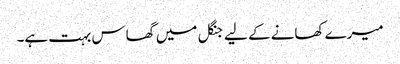
میرے کھانے کے لیے جنگل میں گھاس بہت ہے۔